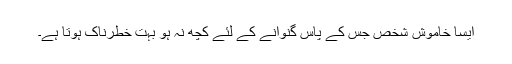
ایسا خاموش شخص جس کے پاس گنوانے کے لئے کچھ نہ ہو بہت خطرناک ہوتا ہے۔